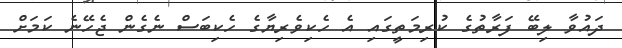
ދައުވާ ލިބޭ ފަރާތުގެ ކުރިމަތީގައި އެ ހެކިވެރިޔާގެ ހެކިބަސް ނެގެން ޖެހޭނެ ކަމަށް